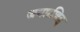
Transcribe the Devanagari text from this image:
जगप्रशिद्द